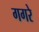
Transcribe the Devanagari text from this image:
गगरे